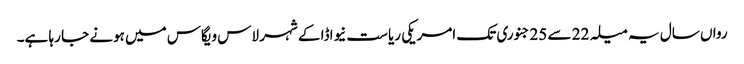
رواں سال یہ میلہ 22 سے 25 جنوری تک امریکی ریاست نیواڈا کے شہر لاس ویگاس میں ہونے جا رہا ہے۔